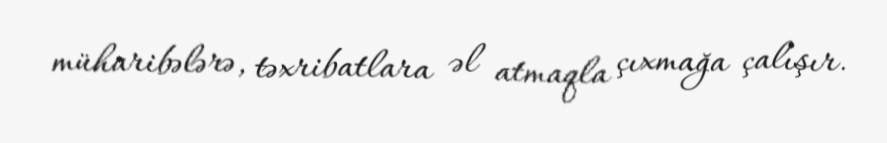
müharibələrə, təxribatlara əl atmaqla çıxmağa çalışır.